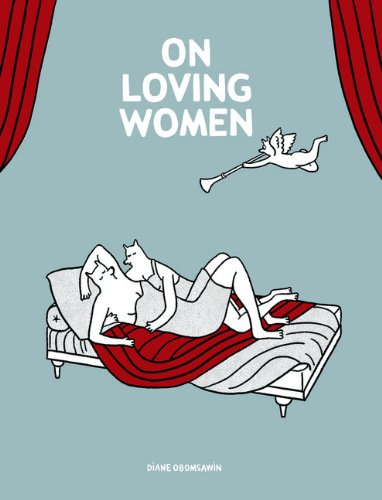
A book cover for On Loving Women; Diane Obomsawin; Comics & Graphic Novels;